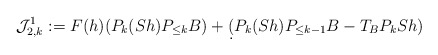
\begin{align*} \mathcal{J}_{2,k}^1: = F(h)(P_k(S h) P_{\leq k} B) + \d( P_{k}(S h)P_{\leq k-1} B - T_{B} P_{k} S h) \end{align*}